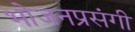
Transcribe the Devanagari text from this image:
भोजनप्रसंगी